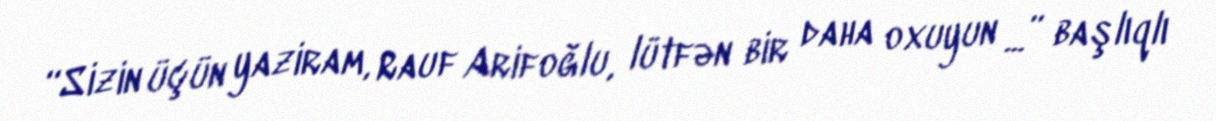
“Sizin üçün yaziram, Rauf Arifoğlu, lütfən bir daha oxuyun ...” başlıqlı